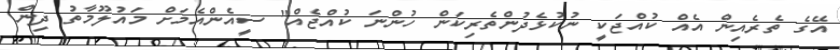
އޭގެ ތެރެއިން އެއް ކުއްޖަކީ ނުކުޅެދުންތެރިކަން ހުންނަ ކުއްޖެއް" ސީއެންއެމަށް މައުލޫމާތު ދިން